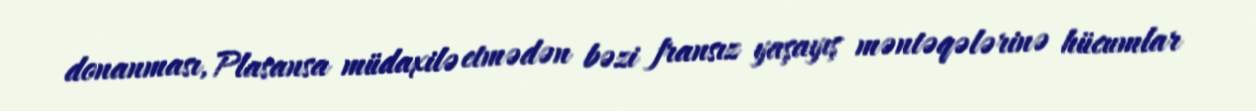
donanması, Plasansa müdaxilə etmədən bəzi fransız yaşayış məntəqələrinə hücumlar